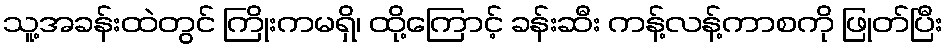
သူ့အခန်းထဲတွင် ကြိုးကမရှိ၊ ထို့ကြောင့် ခန်းဆီး ကန့်လန့်ကာစကို ဖြုတ်ပြီး